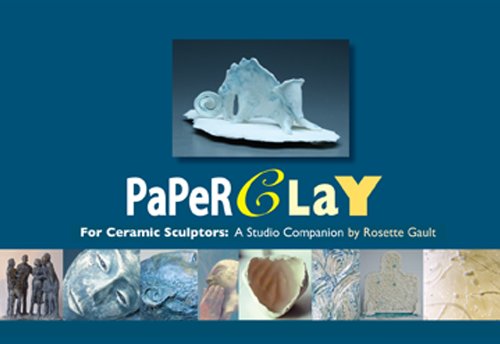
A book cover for Paperclay for Ceramic Sculptors: A Studio Companion; Rosette Gault; Arts & Photography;